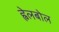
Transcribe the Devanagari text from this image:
ह्वेलबोल